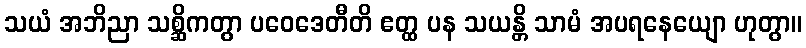
သယံ အဘိညာ သစ္ဆိကတွာ ပဝေဒေတီတိ ဧတ္ထ ပန သယန္တိ သာမံ အပရနေယျော ဟုတွာ။